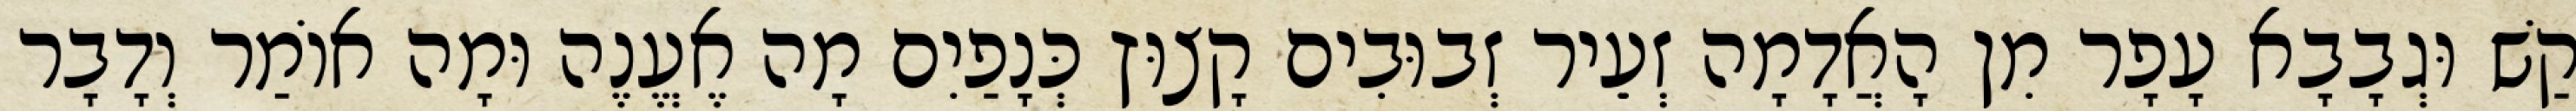
קַשׁ וּגְבָבָא עָפָר מִן הָאֲדָמָה זְעֵיר זְבוּבִים קָצוּץ כְּנָפַיִם מָה אֶעֱנֶה וּמָה אוֹמַר וְדָבָר